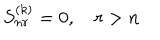
LaTeX: S _ { n r } ^ { ( k ) } = 0 , \quad r > n